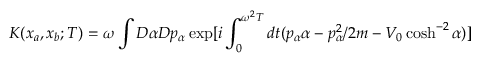
K ( x _ { a } , x _ { b } ; T ) = \omega \int D \alpha D p _ { \alpha } \exp [ i \int _ { 0 } ^ { \omega ^ { 2 } T } d t ( p _ { \alpha } \alpha - p _ { \alpha } ^ { 2 } / 2 m - V _ { 0 } \cosh ^ { - 2 } \alpha ) ]